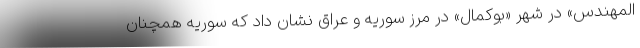
المهندس» در شهر «بوکمال» در مرز سوریه و عراق نشان داد که سوریه همچنان